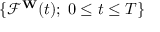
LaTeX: \{ { \mathcal { F } } ^ { \mathbf { W } } ( t ) ; \; 0 \leq t \leq T \}